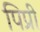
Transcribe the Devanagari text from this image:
पिप्री